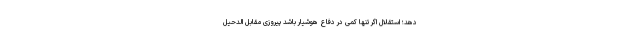
دهد؛ استقلال اگر تنها کمی در دفاع هوشیار باشد پیروزی مقابل الدحیل